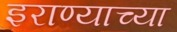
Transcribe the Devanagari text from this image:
इराण्याच्या